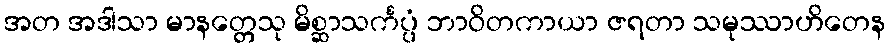
အတ အဒါသာ မာနတ္တေသု မိစ္ဆာသင်္ကပ္ပံ ဘာဝိတကာယာ ဇရတာ သမုဿာဟိတေန